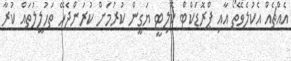
އެއްޗެއް އެކުލެވޭތޯ އާއި ޕްރޮޑަކްޓް ކޮލިޓީ ޔަގީން ކުރުމަށް ކުރަންޖެހޭ ތަހުލީލުތައް ކުރާ